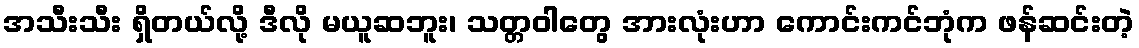
အသီးသီး ရှိတယ်လို့ ဒီလို မယူဆဘူး၊ သတ္တဝါတွေ အားလုံးဟာ ကောင်းကင်ဘုံက ဖန်ဆင်းတဲ့